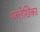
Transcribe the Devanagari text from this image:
पत्रलेखिका